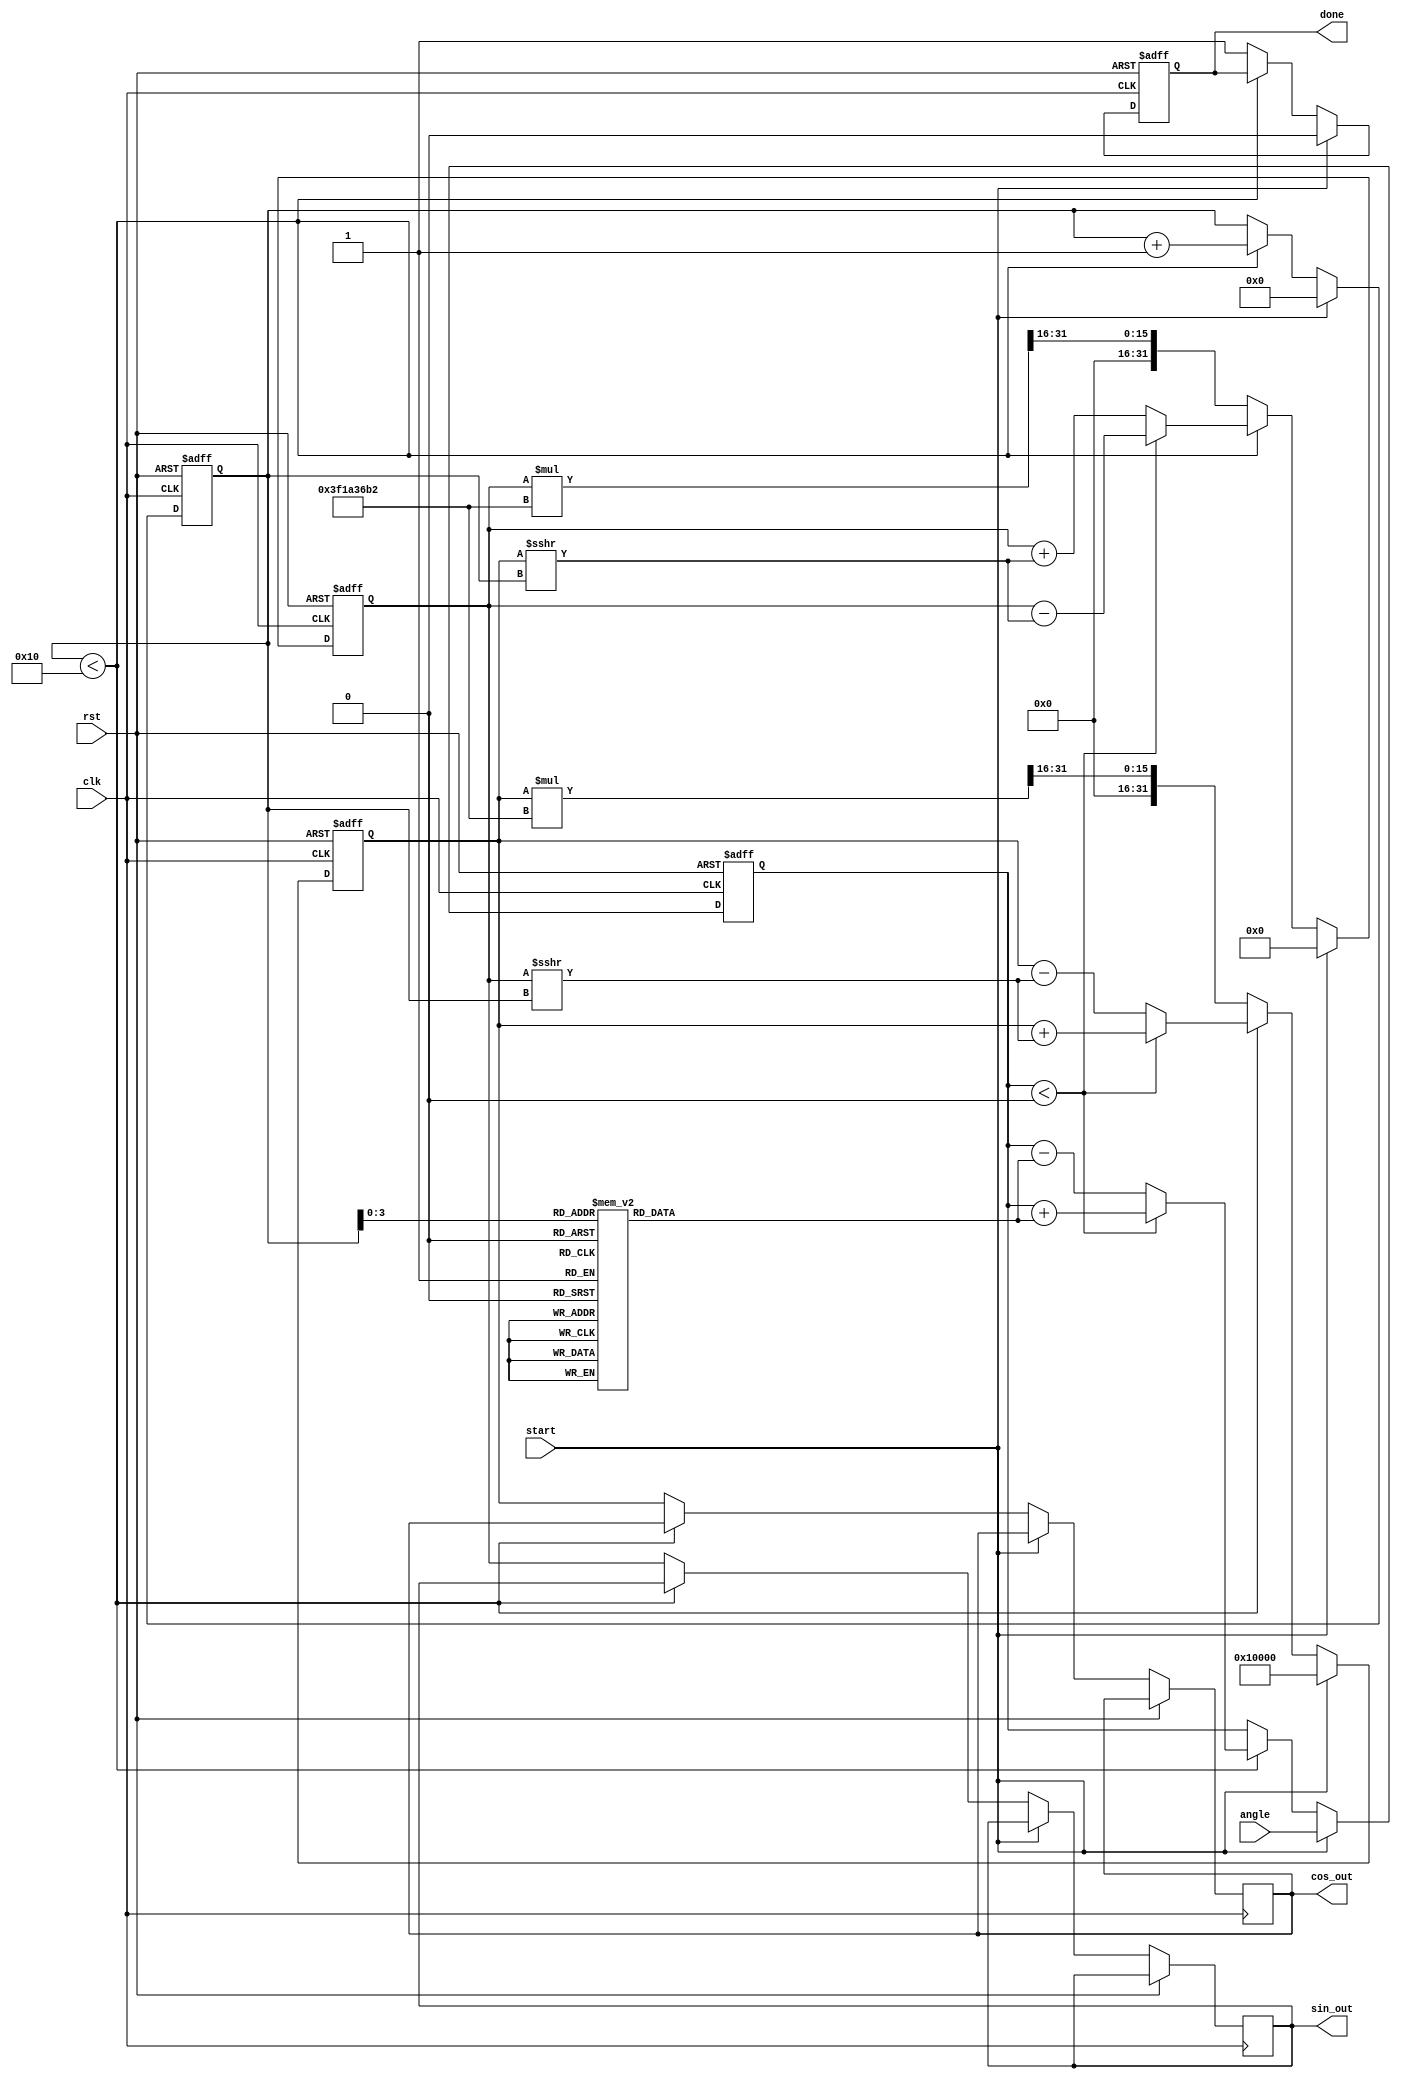
module adaptive_cordic (
    input wire clk,
    input wire rst,
    input wire start,
    input wire [31:0] angle, // Input angle in fixed-point format
    output reg [31:0] sin_out,
    output reg [31:0] cos_out,
    output reg done
);

    parameter NUM_ITERATIONS = 16; // Number of iterations
    reg [31:0] x, y, z; // CORDIC variables (x, y, angle)
    reg [31:0] atan_tbl [0:NUM_ITERATIONS-1]; // Lookup table for arctan values
    reg [4:0] i; // Iteration index
    reg [31:0] scale_factor; // Scaling factor

    initial begin
        // Initialize arctan values for the CORDIC algorithm
        atan_tbl[0] = 32'h00000000; // atan(1) = 0
        atan_tbl[1] = 32'h3F19999A; // atan(1/2) = pi/6
        atan_tbl[2] = 32'h3E4CCCCD; // atan(1/4) = pi/12
        atan_tbl[3] = 32'h3D5A827A; // atan(1/8) = pi/24
        // ... (fill in the rest of the table)
        atan_tbl[NUM_ITERATIONS-1] = 32'h3C91A626; // atan(1/2^15)

        // Initialize scale factor for CORDIC
        scale_factor = 32'h3F1A36B2; // Approximation of 1/k
    end

    always @(posedge clk or posedge rst) begin
        if (rst) begin
            x <= 32'h00010000; // Initial x = 1.0 in fixed-point
            y <= 32'h00000000; // Initial y = 0.0
            z <= 32'h00000000; // Initial angle = 0
            i <= 0;
            done <= 0;
        end else if (start) begin
            // Load the input angle
            z <= angle;
            x <= 32'h00010000; // Initial x = 1.0
            y <= 32'h00000000; // Initial y = 0.0
            i <= 0;
            done <= 0;
        end else if (i < NUM_ITERATIONS) begin
            // CORDIC rotation logic
            if (z < 0) begin
                // Rotate clockwise
                x <= x + (y >>> i);
                y <= y - (x >>> i);
                z <= z + atan_tbl[i];
            end else begin
                // Rotate counterclockwise
                x <= x - (y >>> i);
                y <= y + (x >>> i);
                z <= z - atan_tbl[i];
            end
            i <= i + 1;
        end else begin
            // Final scaling adjustment
            x <= x * scale_factor >>> 16; // Adjust for scaling
            y <= y * scale_factor >>> 16; // Adjust for scaling
            
            // Output results
            sin_out <= y;
            cos_out <= x;
            done <= 1; // Indicate completion
        end
    end
endmodule